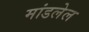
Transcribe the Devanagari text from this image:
मांडलेल